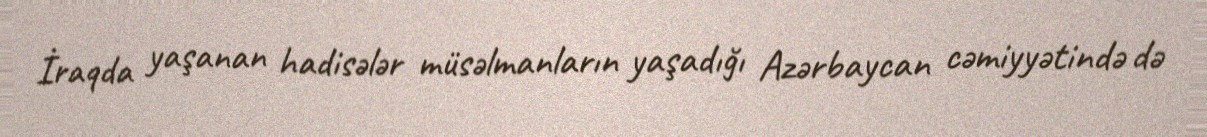
İraqda yaşanan hadisələr müsəlmanların yaşadığı Azərbaycan cəmiyyətində də